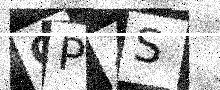
Text: CP4S